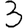
Digit: 3